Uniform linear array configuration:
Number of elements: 48
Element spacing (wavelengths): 0.75
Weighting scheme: exponential
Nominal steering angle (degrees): -15
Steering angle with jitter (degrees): -14.148
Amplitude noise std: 0.05
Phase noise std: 0.05

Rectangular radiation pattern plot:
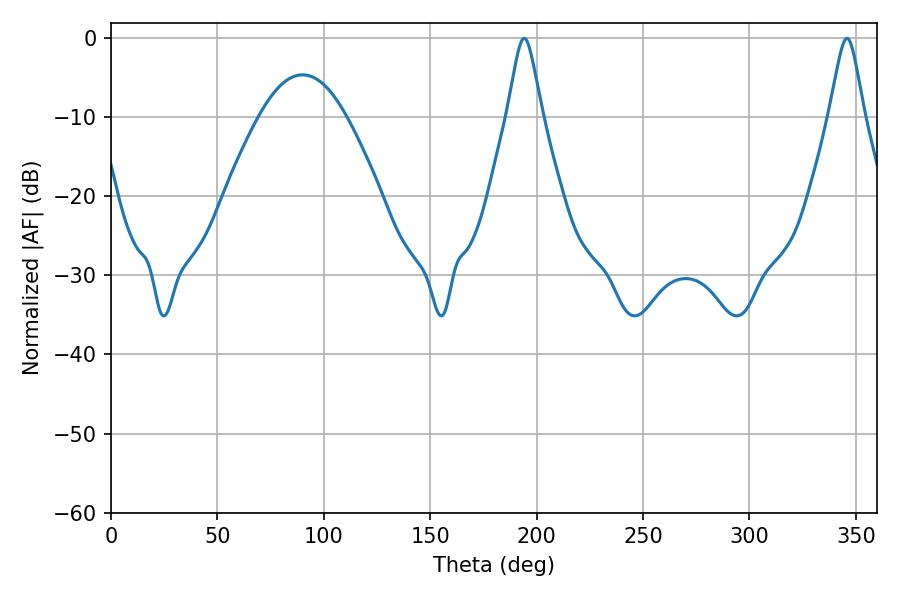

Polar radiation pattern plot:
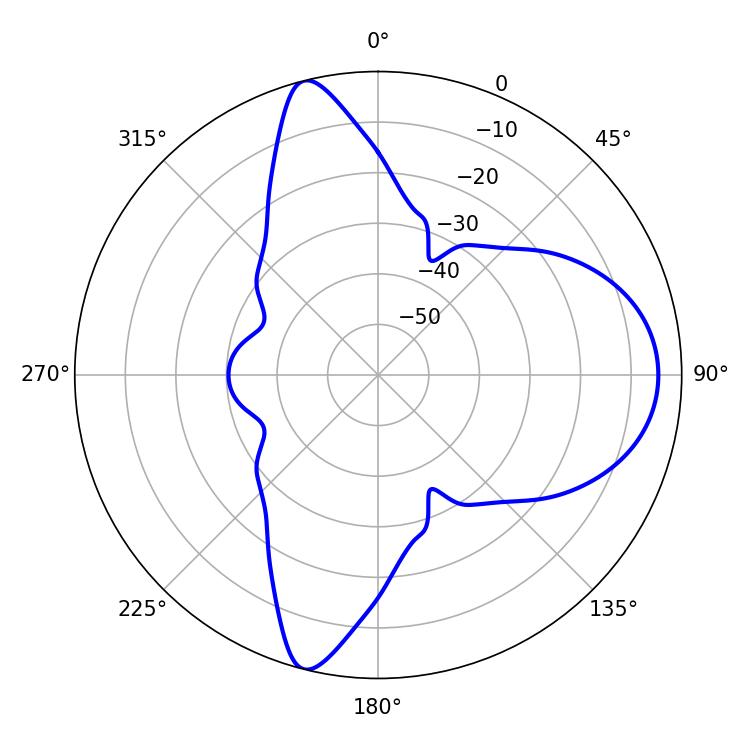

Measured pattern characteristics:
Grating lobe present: TRUE
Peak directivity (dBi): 12.463
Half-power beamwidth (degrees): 7.92
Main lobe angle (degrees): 345.78